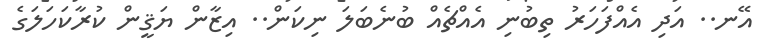
އޭނ.. އަދި އެއްފަހަރު ތިބުނި އެއްޗެއް ބުނެބަލަ ނިކަން.. އިޒާން ޔަޤީން ކުރާކަހަލަގެ